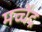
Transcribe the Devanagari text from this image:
मच्चेंद्र